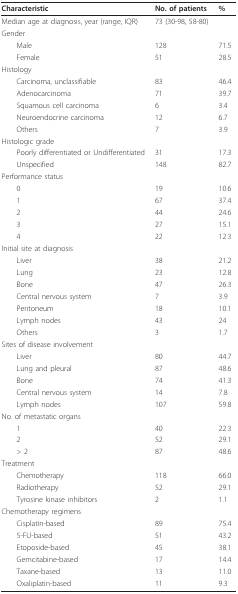
<table><thead><tr><td><b>Characteristic</b></td><td><b>No. of patients</b></td><td><b>%</b></td></tr></thead><tbody><tr><td>Median age at diagnosis, year (range, IQR)</td><td>73 (30-98, 58-80)</td><td></td></tr><tr><td>Gender</td><td></td><td></td></tr><tr><td> Male</td><td>128</td><td>71.5</td></tr><tr><td> Female</td><td>51</td><td>28.5</td></tr><tr><td>Histology</td><td></td><td></td></tr><tr><td> Carcinoma, unclassifiable</td><td>83</td><td>46.4</td></tr><tr><td> Adenocarcinoma</td><td>71</td><td>39.7</td></tr><tr><td> Squamous cell carcinoma</td><td>6</td><td>3.4</td></tr><tr><td> Neuroendocrine carcinoma</td><td>12</td><td>6.7</td></tr><tr><td> Others</td><td>7</td><td>3.9</td></tr><tr><td>Histologic grade</td><td></td><td></td></tr><tr><td> Poorly differentiated or Undifferentiated</td><td>31</td><td>17.3</td></tr><tr><td> Unspecified</td><td>148</td><td>82.7</td></tr><tr><td>Performance status</td><td></td><td></td></tr><tr><td> 0</td><td>19</td><td>10.6</td></tr><tr><td> 1</td><td>67</td><td>37.4</td></tr><tr><td> 2</td><td>44</td><td>24.6</td></tr><tr><td> 3</td><td>27</td><td>15.1</td></tr><tr><td> 4</td><td>22</td><td>12.3</td></tr><tr><td>Initial site at diagnosis</td><td></td><td></td></tr><tr><td> Liver</td><td>38</td><td>21.2</td></tr><tr><td> Lung</td><td>23</td><td>12.8</td></tr><tr><td> Bone</td><td>47</td><td>26.3</td></tr><tr><td> Central nervous system</td><td>7</td><td>3.9</td></tr><tr><td> Peritoneum</td><td>18</td><td>10.1</td></tr><tr><td> Lymph nodes</td><td>43</td><td>24</td></tr><tr><td> Others</td><td>3</td><td>1.7</td></tr><tr><td>Sites of disease involvement</td><td></td><td></td></tr><tr><td> Liver</td><td>80</td><td>44.7</td></tr><tr><td> Lung and pleural</td><td>87</td><td>48.6</td></tr><tr><td> Bone</td><td>74</td><td>41.3</td></tr><tr><td> Central nervous system</td><td>14</td><td>7.8</td></tr><tr><td> Lymph nodes</td><td>107</td><td>59.8</td></tr><tr><td>No. of metastatic organs</td><td></td><td></td></tr><tr><td> 1</td><td>40</td><td>22.3</td></tr><tr><td> 2</td><td>52</td><td>29.1</td></tr><tr><td> &gt; 2</td><td>87</td><td>48.6</td></tr><tr><td>Treatment</td><td></td><td></td></tr><tr><td> Chemotherapy</td><td>118</td><td>66.0</td></tr><tr><td> Radiotherapy</td><td>52</td><td>29.1</td></tr><tr><td> Tyrosine kinase inhibitors</td><td>2</td><td>1.1</td></tr><tr><td>Chemotherapy regimens</td><td></td><td></td></tr><tr><td> Cisplatin-based</td><td>89</td><td>75.4</td></tr><tr><td> 5-FU-based</td><td>51</td><td>43.2</td></tr><tr><td> Etoposide-based</td><td>45</td><td>38.1</td></tr><tr><td> Gemcitabine-based</td><td>17</td><td>14.4</td></tr><tr><td> Taxane-based</td><td>13</td><td>11.0</td></tr><tr><td> Oxaliplatin-based</td><td>11</td><td>9.3</td></tr></tbody></table>